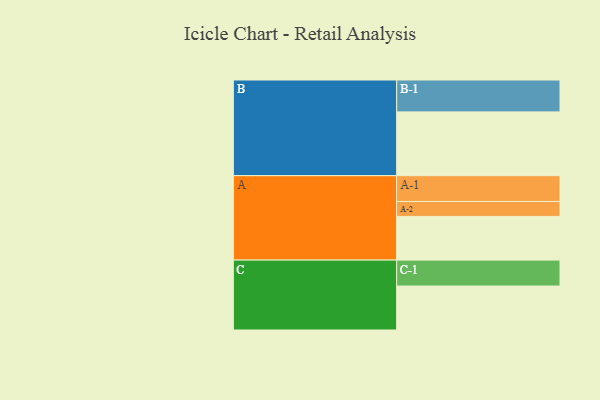
{"axis": {"x": "Segment", "y": "Value"}, "legend": ["", "A", "B", "C"], "data": [{"x": "A", "y": 322, "type": ""}, {"x": "B", "y": 470, "type": ""}, {"x": "C", "y": 324, "type": ""}, {"x": "A-1", "y": 190, "type": "A"}, {"x": "A-2", "y": 110, "type": "A"}, {"x": "B-1", "y": 235, "type": "B"}, {"x": "C-1", "y": 191, "type": "C"}]}